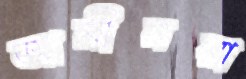
আমীনরা